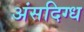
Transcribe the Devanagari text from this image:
अंसदिग्ध